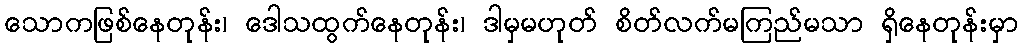
သောကဖြစ်နေတုန်း၊ ဒေါသထွက်နေတုန်း၊ ဒါမှမဟုတ် စိတ်လက်မကြည်မသာ ရှိနေတုန်းမှာ